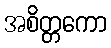
အစိတ္တကော